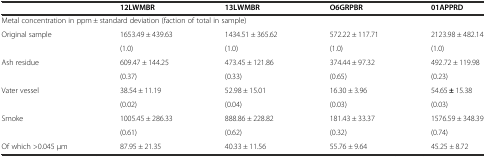
<table><thead><tr><td></td><td><b>12LWMBR</b></td><td><b>13LWMBR</b></td><td><b>O6GRPBR</b></td><td><b>01APPRD</b></td></tr></thead><tbody><tr><td colspan="5">Metal concentration in ppm ± standard deviation (faction of total in sample)</td></tr><tr><td>Original sample</td><td>1653.49 ± 439.63</td><td>1434.51 ± 365.62</td><td>572.22 ± 117.71</td><td>2123.98 ± 482.14</td></tr><tr><td></td><td>(1.0)</td><td>(1.0)</td><td>(1.0)</td><td>(1.0)</td></tr><tr><td>Ash residue</td><td>609.47 ± 144.25</td><td>473.45 ± 121.86</td><td>374.44 ± 97.32</td><td>492.72 ± 119.98</td></tr><tr><td></td><td>(0.37)</td><td>(0.33)</td><td>(0.65)</td><td>(0.23)</td></tr><tr><td>Vater vessel</td><td>38.54 ± 11.19</td><td>52.98 ± 15.01</td><td>16.30 ± 3.96</td><td>54.65 <b>±</b> 15.38</td></tr><tr><td></td><td>(0.02)</td><td>(0.04)</td><td>(0.03)</td><td>(0.03)</td></tr><tr><td>Smoke</td><td>1005.45 ± 286.33</td><td>888.86 ± 228.82</td><td>181.43 ± 33.37</td><td>1576.59 ± 348.39</td></tr><tr><td></td><td>(0.61)</td><td>(0.62)</td><td>(0.32)</td><td>(0.74)</td></tr><tr><td>Of which &gt;0.045 μm</td><td>87.95 ± 21.35</td><td>40.33 ± 11.56</td><td>55.76 <i>±</i> 9.64</td><td>45<i>.</i>25 <i>±</i> 8.72</td></tr></tbody></table>